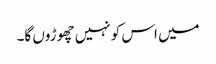
میں اس کو نہیں چھوڑوں گا۔